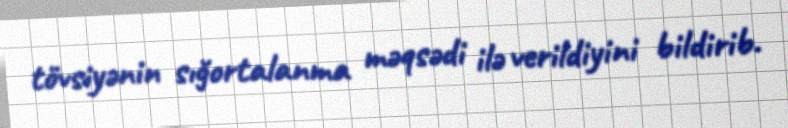
tövsiyənin sığortalanma məqsədi ilə verildiyini bildirib.